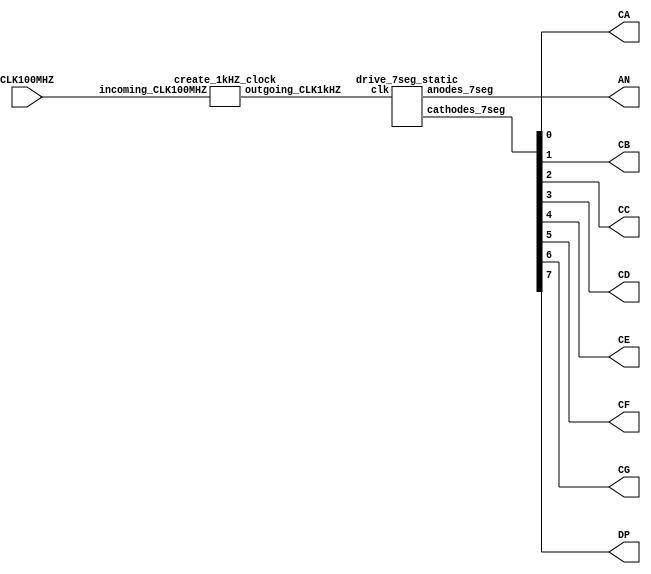
`timescale 1ns / 1ps
 
module lab7_c(
    input CLK100MHZ,
    output CA,
    output CB,
    output CC,
    output CD,
    output CE,
    output CF,
    output CG,
    output DP,
    output [7:0] AN
);
 
    wire CLK_1kHZ;    
 
    create_1kHZ_clock gate0(
        .incoming_CLK100MHZ(CLK100MHZ), 
        .outgoing_CLK1kHZ(CLK_1kHZ)
    );
 
    wire [7:0] CAS;
    assign CA = CAS[0];
    assign CB = CAS[1];
    assign CC = CAS[2];
    assign CD = CAS[3]; 
    assign CE = CAS[4];
    assign CF = CAS[5];
    assign CG = CAS[6];
    assign DP = CAS[7];
    
    drive_7seg_static gate1(
        .clk(CLK_1kHZ), .anodes_7seg(AN), .cathodes_7seg(CAS)
    );
 
endmodule
 
module drive_7seg_static(
    input clk,
    output reg [7:0] anodes_7seg,
    output reg [7:0] cathodes_7seg
);
 
    //8 anodes requires 3 bits  
    reg [2:0] ctr = 3'b000; 
 
    always @(posedge clk) begin
        case (ctr)
          3'b000: begin
                anodes_7seg <= 8'b1111_1110;
                cathodes_7seg <= 8'b1001_1000; // 9
            end
            3'b001: begin
                anodes_7seg <= 8'b1111_1101;
                cathodes_7seg <= 8'b1100_0000; // 0
            end
            3'b010: begin
                anodes_7seg <= 8'b1111_1011;
                cathodes_7seg <= 8'b1011_0000; // 3
            end
            3'b011: begin
                anodes_7seg <= 8'b1111_0111;
                cathodes_7seg <= 8'b1001_0010; // 5
            end
            3'b100: begin
                anodes_7seg <= 8'b1110_1111;
                cathodes_7seg <= 8'b1111_1000; // 7
            end
            3'b101: begin
                anodes_7seg <= 8'b1101_1111;
                cathodes_7seg <= 8'b1000_0011; // 6
            end
            3'b110: begin
                anodes_7seg <= 8'b1011_1111;
                cathodes_7seg <= 8'b1000_0000; // 8
            end
            default: begin
                // Do nothing
            end
        endcase
 
        if (ctr == 7)
            ctr <= 0;
        else
            ctr <= ctr + 1;
    end
endmodule
 
module create_1kHZ_clock(
    input incoming_CLK100MHZ,
    output reg outgoing_CLK1kHZ
);
 
    reg [17:0] ctr = 0;

    always @(posedge incoming_CLK100MHZ) begin
        if (ctr == 99_999) begin
            outgoing_CLK1kHZ <= ~outgoing_CLK1kHZ;
            ctr <= 0;
        end else begin
            ctr <= ctr + 1;
        end
    end
endmodule